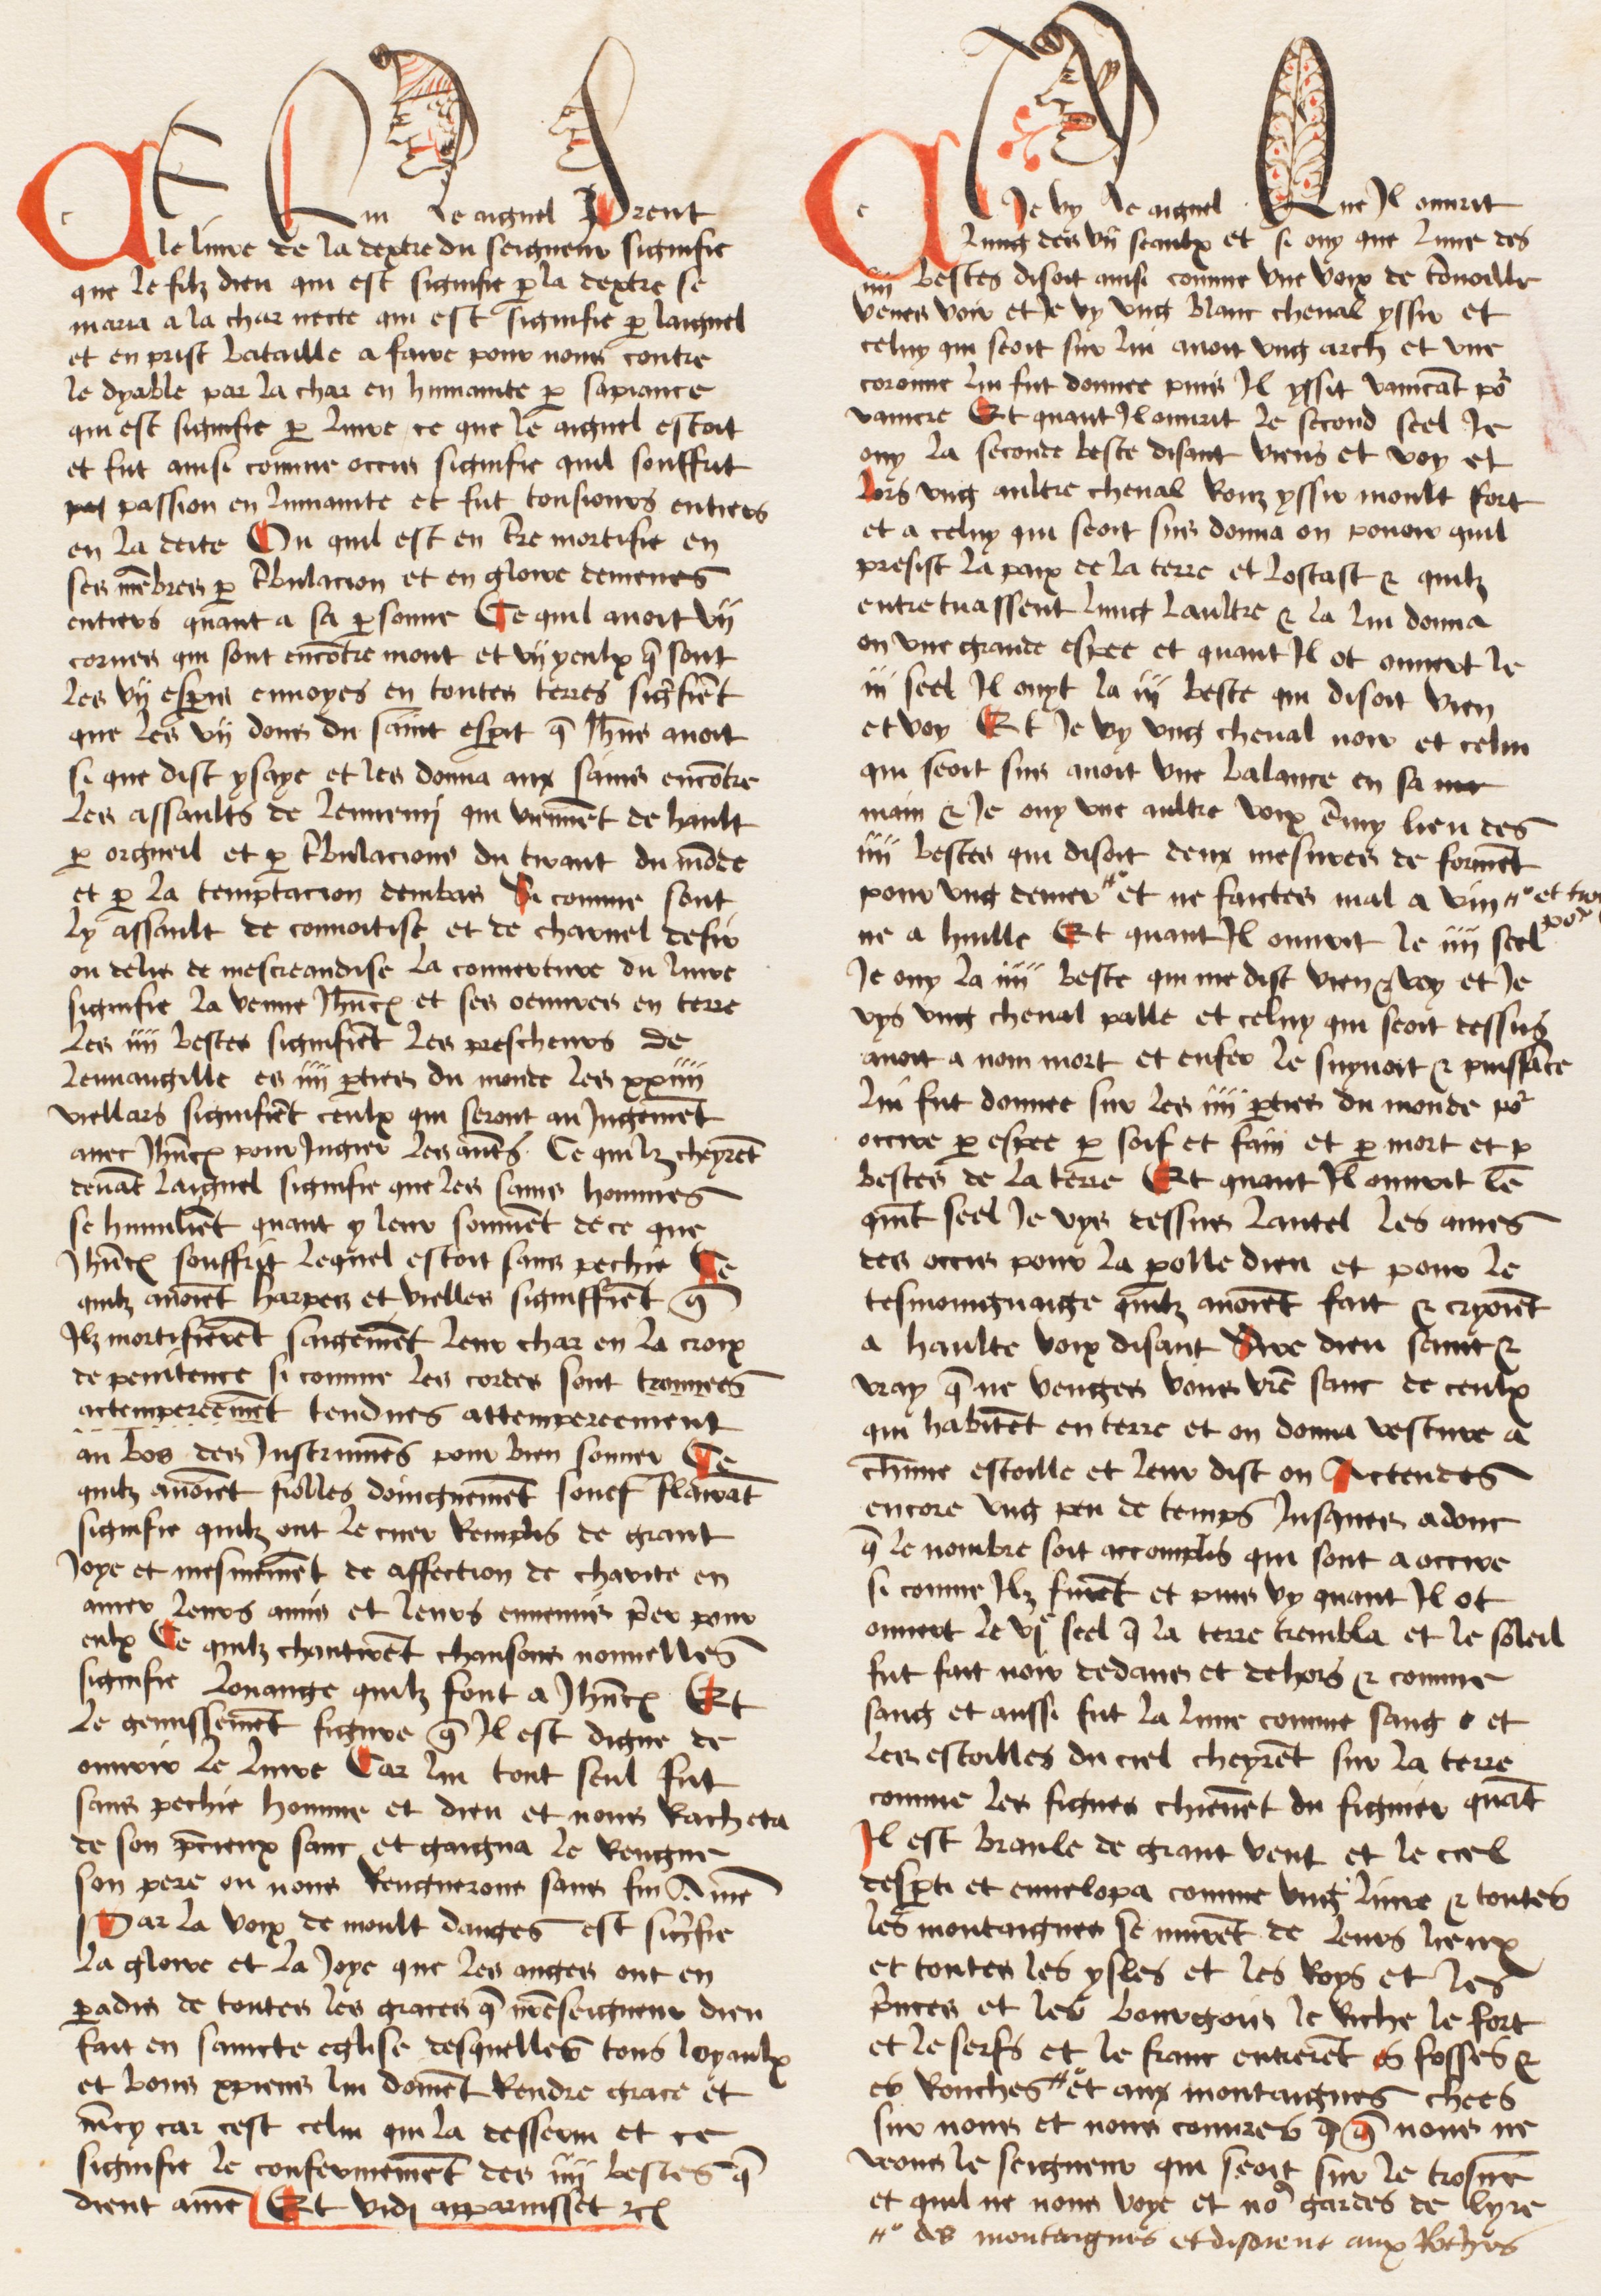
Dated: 1474–1474